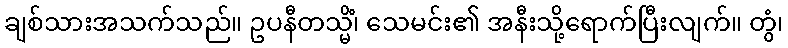
ချစ်သားအသက်သည်။ ဥပနီတသ္မိံ၊ သေမင်း၏ အနီးသို့ရောက်ပြီးလျက်။ တွံ၊